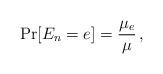
LaTeX: \begin{align*} \Pr[E_n = e] = \frac{\mu_e}{\mu}\,,\end{align*}